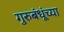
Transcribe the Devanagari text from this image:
गुरुबंधूंच्या